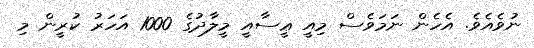
ނުވެއެވެ. އެހެން ނަމަވެސް މިއީ ޢީސާއީ މީލާދުގެ 1000 އަހަރު ކުރީން މި